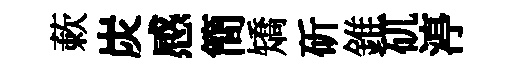
蔌炭感簡矯斫錐矹渟